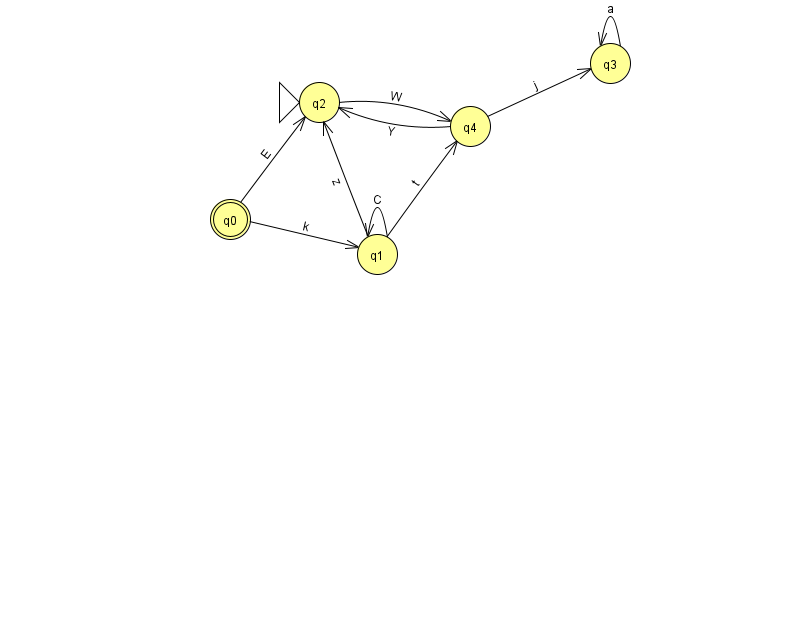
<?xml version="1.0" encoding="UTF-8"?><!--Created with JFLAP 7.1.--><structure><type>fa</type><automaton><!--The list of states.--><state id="0" name="q0"><x>230.0</x><y>206.0</y><final/></state><state id="1" name="q1"><x>377.0</x><y>241.0</y></state><state id="2" name="q2"><x>319.0</x><y>89.0</y><initial/></state><state id="3" name="q3"><x>610.0</x><y>50.0</y></state><state id="4" name="q4"><x>470.0</x><y>113.0</y></state><!--The list of transitions.--><transition><from>3</from><to>3</to><read>a</read></transition><transition><from>1</from><to>1</to><read>C</read></transition><transition><from>1</from><to>2</to><read>z</read></transition><transition><from>2</from><to>4</to><read>W</read></transition><transition><from>1</from><to>4</to><read>t</read></transition><transition><from>0</from><to>2</to><read>E</read></transition><transition><from>0</from><to>1</to><read>k</read></transition><transition><from>4</from><to>2</to><read>Y</read></transition><transition><from>4</from><to>3</to><read>j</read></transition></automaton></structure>